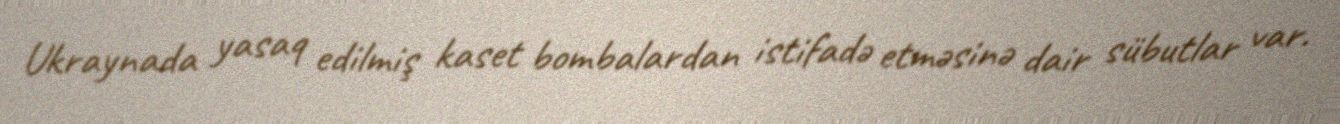
Ukraynada yasaq edilmiş kaset bombalardan istifadə etməsinə dair sübutlar var.